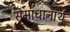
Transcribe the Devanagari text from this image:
समाधानार्थ